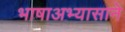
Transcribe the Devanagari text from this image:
भाषाअभ्यासाने